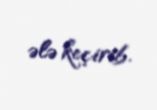
ələ keçirib.